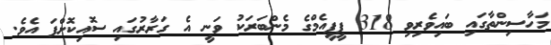
މަހާސިންތާގައި ބައިވެރިވި 318 ޕީޕީއެމްގެ މެންބަރަކު ވަނީ އެ ގަރާރުގައި ސޮއިކޮށްފަ އެވެ.